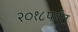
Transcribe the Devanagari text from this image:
२०१८पर्यंत